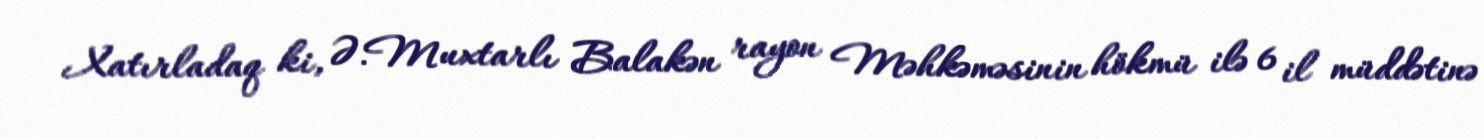
Xatırladaq ki, Ə.Muxtarlı Balakən rayon Məhkəməsinin hökmü ilə 6 il müddətinə